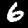
Label: 6